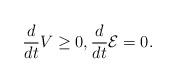
LaTeX: \begin{align*}\frac{d}{dt}V\geq 0,\frac{d}{dt}\mathcal{E}=0.\end{align*}